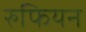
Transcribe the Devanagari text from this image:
रुफियन